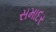
સમાદર